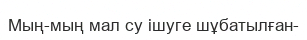
Мың-мың мал су ішуге шұбатылған-